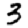
Digit: 3